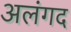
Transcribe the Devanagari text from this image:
अलंगद